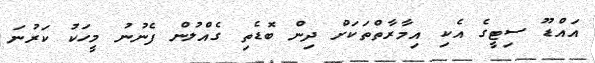
އައްޑޫ ސިޓީގެ އެކި އިމާރާތްތަކަށް ދިން ބޮޑެތި ގެއްލުން ފެނުނު މީހަކު ކަރުނަ